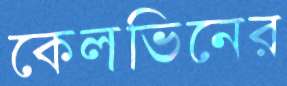
কেলভিনের